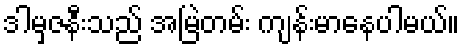
ဒါမှဇနီးသည် အမြဲတမ်း ကျန်းမာနေပါမယ်။